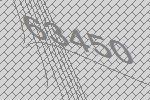
63450